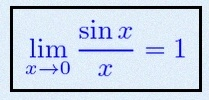
\lim_{x\to0}\frac{\sin x}{x}=1